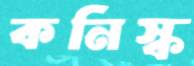
কনিস্ক